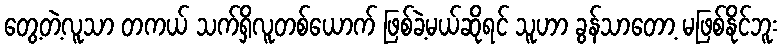
တွေ့တဲ့လူသာ တကယ် သက်ရှိလူတစ်ယောက် ဖြစ်ခဲ့မယ်ဆိုရင် သူဟာ ခွန်သာတော့ မဖြစ်နိုင်ဘူး